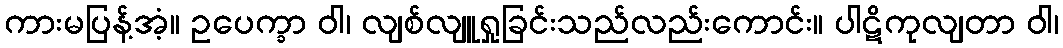
ကားမပြန့်အံ့။ ဥပေက္ခာ ဝါ၊ လျစ်လျူရှုခြင်းသည်လည်းကောင်း။ ပါဋိကုလျတာ ဝါ၊